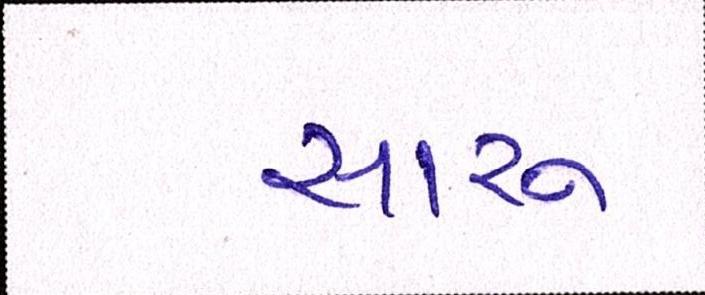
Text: સારુ